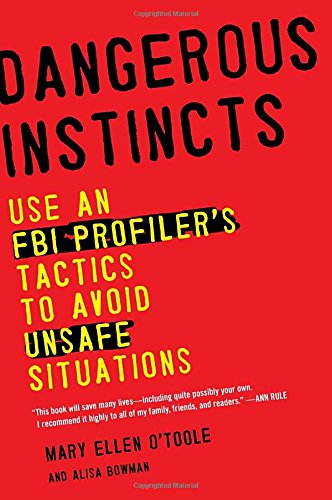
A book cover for Dangerous Instincts: Use an FBI Profiler's Tactics to Avoid Unsafe Situations; Mary Ellen O'Toole Ph.D; Medical Books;